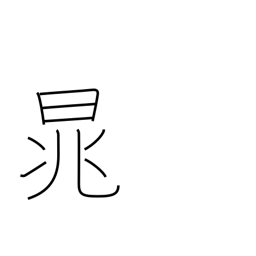
Meaning: proper name